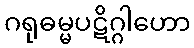
ဂရုဓမ္မပဋိဂ္ဂါဟော